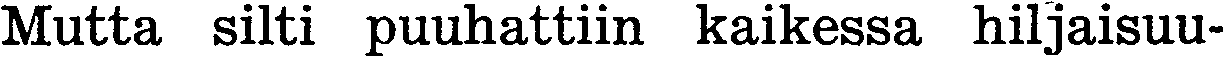
Mutta silti puuhattiin kaikessa hiljaisuu-